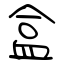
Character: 盒